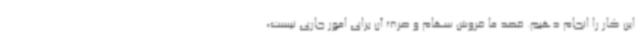
این کار را انجام دهیم. قصد ما فروش سهام و صرف آن برای امور جاری نیست،